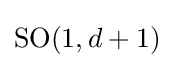
\mathrm {SO} (1,d+1)